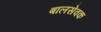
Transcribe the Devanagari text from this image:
बालसेवक